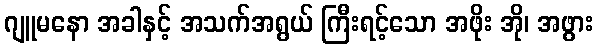
ဂျူမနော အခါနှင့် အသက်အရွယ် ကြီးရင့်သော အဖိုး အို၊ အဖွား